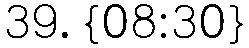
39. {08:30}